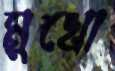
মুখো